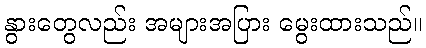
နွားတွေလည်း အများအပြား မွေးထားသည်။